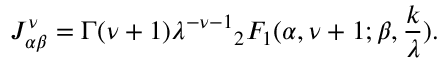
J _ { \alpha \beta } ^ { \nu } = \Gamma ( \nu + 1 ) \lambda ^ { - \nu - 1 } { } _ { 2 } F _ { 1 } ( \alpha , \nu + 1 ; \beta , \frac { k } { \lambda } ) .